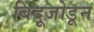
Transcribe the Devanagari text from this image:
बिंदूजोडून